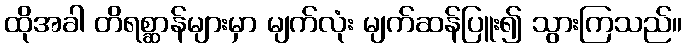
ထိုအခါ တိရစ္ဆာန်များမှာ မျက်လုံး မျက်ဆန်ပြူး၍ သွားကြသည်။